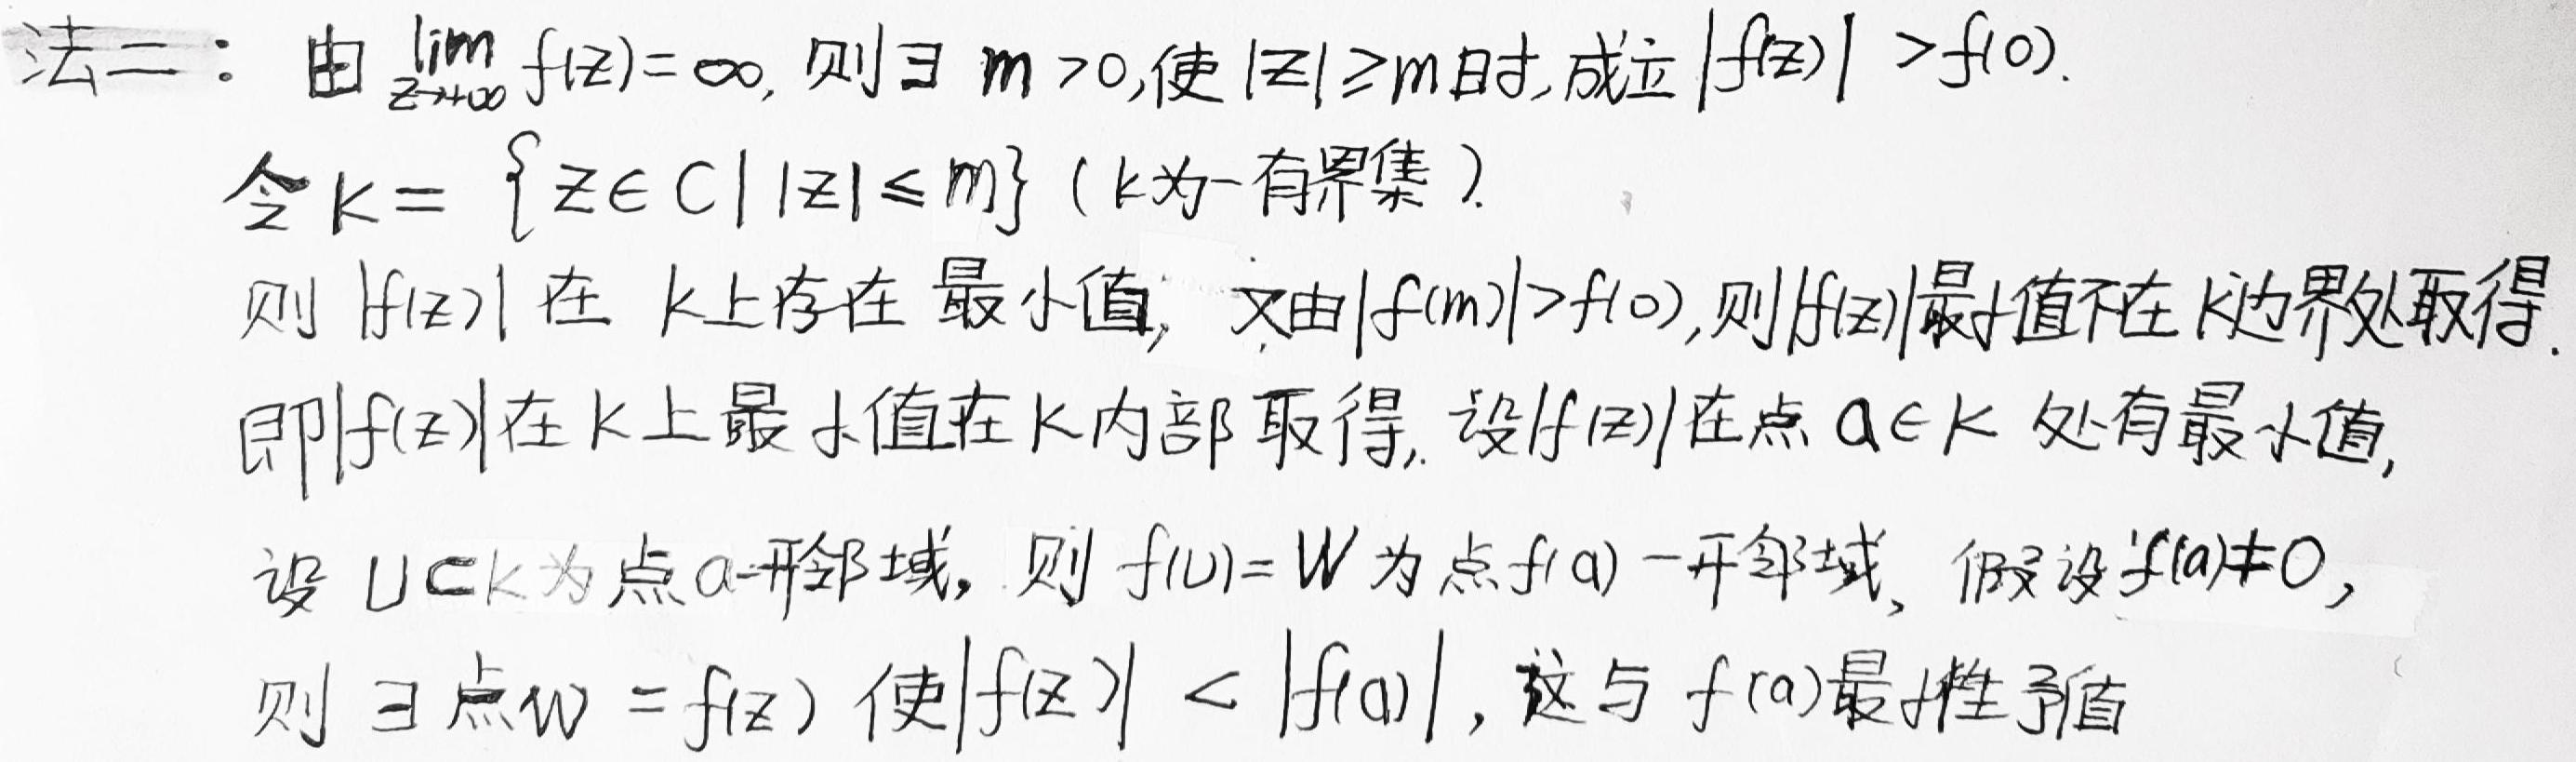
法二：由$\lim_{z \to +\infty} f(z) = \infty$，则$\exists\ m > 0$，使$|z| \geq m$时，成立$|f(z)| > f(0)$.
令$K = \{z \in \mathbb{C} \mid |z| \leq m\}$（$K$为一有界集）.
则$|f(z)|$在$K$上存在最小值，又由$|f(m)| > f(0)$，则$|f(z)|$最值不在$K$边界处取得.
即$|f(z)|$在$K$上最小值在$K$内部取得，设$|f(z)|$在点$a \in K$处有最小值，
设$U \subset K$为点$a$ - 开邻域，则$f(U) = W$为点$f(a)$ - 开邻域，假设$f(a) \neq 0$，
则$\exists$点$w = f(z)$使$|f(z)| < |f(a)|$，这与$f(a)$最小性矛盾.